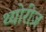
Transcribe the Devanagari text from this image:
थ्योरीज़